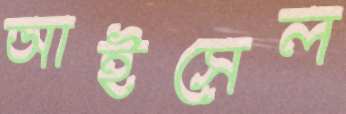
আইসেল